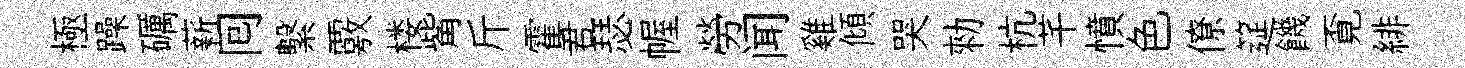
極躁礪薪囘繫覈楼觜斤霍君瑟幄勞闻雞傾哭勑杭芊憤色僚筵饑覔緋